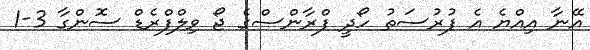
އޭނާ އިއްޔެ އެ ފުރުސަތު ހޯދީ ފްރާންސްގެ ޖޯ ވިލްފްރެޑް ސޮންގާ 3-1